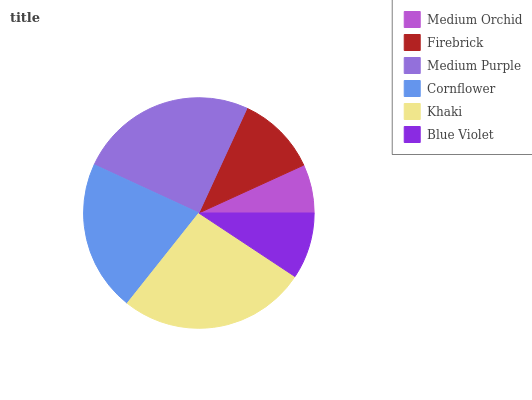
| Medium Orchid | Firebrick | Medium Purple | Cornflower | Khaki | Blue Violet |
 | --- | --- | --- | --- | --- | --- |
 | 6.81% | 11.3% | 25% | 21.2% | 26.4% | 9.29% |